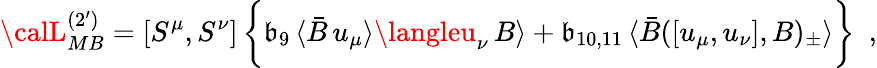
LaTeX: {\calL}_{MB}^{(2^{\prime})}=[S^{\mu},S^{\nu}]\, \biggl\{ \mathfrak{b}_{9}\, \langle\bar{{B}}\, u_{\mu}\rangle\langleu_{\nu}\, B\rangle+\mathfrak{b}_{10,11}\, \langle\bar{{B}}([u_{\mu},u_{\nu}],B)_{\pm}\rangle\biggr\} \, \, \, ,